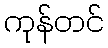
ကုန်တင်